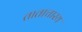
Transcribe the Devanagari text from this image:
ताताचारय